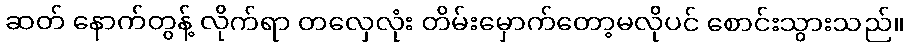
ဆတ် နောက်တွန့် လိုက်ရာ တလှေလုံး တိမ်းမှောက်တော့မလိုပင် စောင်းသွားသည်။